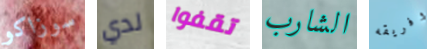
سوزاكو لدي تقفوا الشارب وفريقه